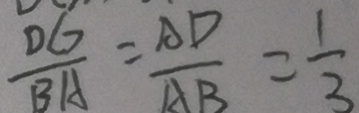
\frac { D G } { B A } = \frac { A D } { A B } = \frac { 1 } { 3 }